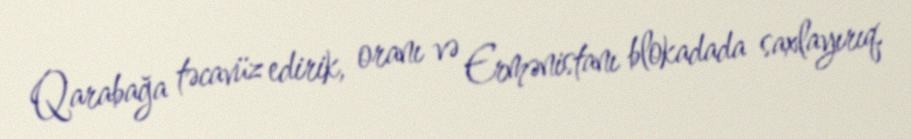
Qarabağa təcavüz edirik, oranı və Ermənistanı blokadada saxlayırıq.